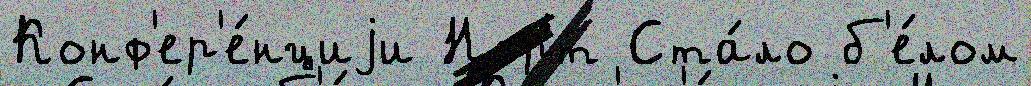
Конф'ер'е́нциjи Норт Ста́ло б'е́лом